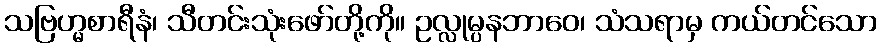
သဗြဟ္မစာရီနံ၊ သီတင်းသုံးဖော်တို့ကို။ ဥလ္လုမ္ပနဘာဝေ၊ သံသရာမှ ကယ်တင်သော